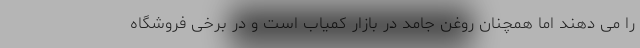
را می دهند اما همچنان روغن جامد در بازار کمیاب است و در برخی فروشگاه